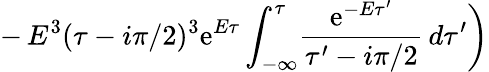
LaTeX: -\left.E^{3}(\tau-i\pi/2)^{3}\mathrm{e}^{E\tau}\int_{-\infty}^{\tau}\! \frac{\mathrm{e}^{-E\tau^{\prime}}}{\tau^{\prime}-i\pi/2}\, d\tau^{\prime}\right)